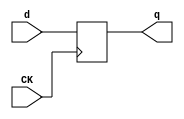
//# 3 inputs
//# 6 outputs
//# 21 D-type flipflops
//# 54 inverters
//# 140 gates (55 ANDs + 22 NANDs + 28 ORs + 35 NORs)

module dff(CK,q,d);
input CK,d;
output reg q;
always @ (posedge CK)
q<=d;
endmodule

module s526a(GND,VDD,CK,G0,G1,G147,G148,G198,G199,G2,G213,G214);
input GND,VDD,CK,G0,G1,G2;
output G147,G148,G198,G199,G213,G214;

  wire G10,G60,G11,G61,G12,G62,G13,G69,G14,G79,G15,G84,G16,G89,G17,G96,G18,
    G101,G19,G106,G20,G115,G21,G127,G22,G137,G23,G167,G24,G173,G25,G179,G26,
    G183,G27,G188,G28,G194,G29,G200,G30,G206,II359,II362,II351,G83,G107,G65,
    G136,G184,G124,G135,G163,G72,G177,G131,G140,G172,G90,G145,G122,G208,G85,
    II285,G168,G94,II288,G174,G116,G180,II340,G104,G157,II343,G112,II365,G195,
    II368,G141,G202,G211,G212,G205,II268,G56,G59,G207,G201,G126,G189,G193,G77,
    G80,G155,G78,G39,G170,G176,G40,G156,G171,G35,G76,G81,G82,G87,G86,G169,G175,
    G47,G55,G181,G54,G46,G196,G210,G204,G138,G142,G143,G34,G123,G36,G38,G93,
    G99,G103,G110,G120,G92,G91,G121,G125,G44,G45,G51,G52,G57,G58,G209,G203,
    G139,G146,G144,G102,G118,G119,G117,G98,G108,G97,G109,G113,G111,G192,G186,
    G185,G191,G190,G161,G162,G50,G43,G150,G151,G154,G160,G152,G33,G149,G164,
    G153,G165,G166,G42,G53,G49,G48,G32,G31,G67,G63,G64,G71,G74,G70,G134,G132,
    G68,G66,G133,G128,G129,G130,G75,G73,G158,G159,G41,G37,G88,G100,G178,G182,
    G197,G187,G95,G105,G114;

  dff DFF_0(CK,G10,G60);
  dff DFF_1(CK,G11,G61);
  dff DFF_2(CK,G12,G62);
  dff DFF_3(CK,G13,G69);
  dff DFF_4(CK,G14,G79);
  dff DFF_5(CK,G15,G84);
  dff DFF_6(CK,G16,G89);
  dff DFF_7(CK,G17,G96);
  dff DFF_8(CK,G18,G101);
  dff DFF_9(CK,G19,G106);
  dff DFF_10(CK,G20,G115);
  dff DFF_11(CK,G21,G127);
  dff DFF_12(CK,G22,G137);
  dff DFF_13(CK,G23,G167);
  dff DFF_14(CK,G24,G173);
  dff DFF_15(CK,G25,G179);
  dff DFF_16(CK,G26,G183);
  dff DFF_17(CK,G27,G188);
  dff DFF_18(CK,G28,G194);
  dff DFF_19(CK,G29,G200);
  dff DFF_20(CK,G30,G206);
  not NOT_0(II359,G0);
  not NOT_1(II362,G1);
  not NOT_2(II351,G2);
  not NOT_3(G83,G10);
  not NOT_4(G107,G11);
  not NOT_5(G65,G12);
  not NOT_6(G136,G12);
  not NOT_7(G184,G12);
  not NOT_8(G124,G20);
  not NOT_9(G135,G20);
  not NOT_10(G163,G20);
  not NOT_11(G72,G13);
  not NOT_12(G177,G13);
  not NOT_13(G131,G21);
  not NOT_14(G140,G21);
  not NOT_15(G172,G21);
  not NOT_16(G90,G14);
  not NOT_17(G145,G22);
  not NOT_18(G122,G30);
  not NOT_19(G208,G30);
  not NOT_20(G85,G15);
  not NOT_21(II285,G23);
  not NOT_22(G168,G23);
  not NOT_23(G94,G16);
  not NOT_24(II288,G24);
  not NOT_25(G174,G24);
  not NOT_26(G116,G17);
  not NOT_27(G180,G25);
  not NOT_28(II340,G25);
  not NOT_29(G104,G18);
  not NOT_30(G157,G18);
  not NOT_31(II343,G26);
  not NOT_32(G112,G19);
  not NOT_33(II365,G27);
  not NOT_34(G195,G28);
  not NOT_35(II368,G28);
  not NOT_36(G141,G29);
  not NOT_37(G202,G29);
  not NOT_38(G211,II359);
  not NOT_39(G212,II362);
  not NOT_40(G205,II351);
  not NOT_41(G147,II285);
  not NOT_42(G148,II288);
  not NOT_43(G198,II340);
  not NOT_44(G199,II343);
  not NOT_45(II268,G112);
  not NOT_46(G56,II268);
  not NOT_47(G213,II365);
  not NOT_48(G214,II368);
  not NOT_49(G59,G211);
  not NOT_50(G207,G212);
  not NOT_51(G201,G205);
  not NOT_52(G126,G59);
  not NOT_53(G189,G193);
  and AND2_0(G77,G10,G11);
  and AND3_0(G80,G10,G11,G14);
  and AND3_1(G155,G21,G13,G26);
  and AND2_1(G78,G83,G107);
  and AND2_2(G39,G65,G21);
  and AND2_3(G170,G184,G177);
  and AND2_4(G176,G177,G12);
  and AND2_5(G40,G12,G131);
  and AND3_2(G156,G163,G172,G13);
  and AND2_6(G171,G172,G184);
  and AND4_0(G35,G10,G107,G90,G15);
  and AND3_3(G76,G10,G90,G15);
  and AND2_7(G81,G83,G90);
  and AND2_8(G82,G107,G90);
  and AND2_9(G87,G85,G86);
  and AND2_10(G169,G13,G168);
  and AND2_11(G175,G174,G12);
  and AND2_12(G47,G116,G18);
  and AND2_13(G55,G116,G18);
  and AND3_4(G181,G180,G13,G21);
  and AND2_14(G54,G17,G104);
  and AND2_15(G46,G116,G112);
  and AND2_16(G196,G195,G13);
  and AND2_17(G210,G212,G30);
  and AND2_18(G204,G205,G29);
  and AND4_1(G138,G140,G20,G141,G142);
  and AND4_2(G143,G140,G20,G141,G142);
  and AND2_19(G34,G122,G123);
  and AND2_20(G36,G122,G123);
  and AND2_21(G38,G122,G123);
  and AND3_5(G93,G94,G122,G123);
  and AND3_6(G99,G116,G122,G123);
  and AND3_7(G103,G104,G122,G123);
  and AND3_8(G110,G112,G122,G123);
  and AND3_9(G120,G124,G122,G123);
  and AND4_3(G92,G90,G107,G10,G91);
  and AND2_22(G121,G124,G125);
  and AND2_23(G44,G59,G94);
  and AND2_24(G45,G122,G59);
  and AND3_10(G51,G59,G16,G17);
  and AND2_25(G52,G59,G18);
  and AND4_4(G57,G59,G16,G17,G18);
  and AND2_26(G58,G59,G19);
  and AND2_27(G209,G207,G208);
  and AND2_28(G203,G201,G202);
  and AND2_29(G139,G145,G146);
  and AND2_30(G144,G145,G146);
  and AND4_5(G102,G18,G17,G16,G118);
  and AND4_6(G119,G116,G16,G117,G118);
  and AND4_7(G98,G107,G10,G108,G97);
  and AND4_8(G109,G107,G10,G108,G113);
  and AND3_11(G111,G16,G30,G113);
  and AND2_31(G192,G18,G193);
  and AND3_12(G186,G184,G189,G185);
  and AND2_32(G191,G189,G190);
  or OR2_0(G161,G20,G13);
  or OR2_1(G162,G21,G12);
  or OR2_2(G50,G16,G17);
  or OR3_0(G43,G83,G11,G14);
  or OR2_3(G150,G184,G25);
  or OR2_4(G151,G184,G13);
  or OR2_5(G154,G184,G27);
  or OR2_6(G160,G184,G13);
  or OR3_1(G152,G163,G21,G12);
  or OR2_7(G33,G72,G12);
  or OR4_0(G149,G20,G21,G12,G177);
  or OR4_1(G164,G20,G21,G12,G177);
  or OR2_8(G153,G172,G27);
  or OR3_2(G165,G163,G172,G13);
  or OR3_3(G166,G172,G177,G24);
  or OR4_2(G42,G83,G107,G90,G85);
  or OR4_3(G53,G83,G11,G14,G85);
  or OR3_4(G49,G122,G94,G116);
  or OR4_4(G48,G122,G94,G18,G112);
  or OR2_9(G32,G30,G31);
  or OR4_5(G67,G211,G63,G64,G71);
  or OR4_6(G74,G211,G125,G70,G71);
  or OR3_5(G134,G131,G211,G132);
  or OR3_6(G68,G65,G211,G66);
  or OR4_7(G133,G211,G128,G129,G130);
  or OR3_7(G75,G72,G211,G73);
  or OR4_8(G158,G193,G184,G177,G26);
  or OR2_10(G159,G189,G157);
  nand NAND3_0(G86,G14,G11,G10);
  nand NAND4_0(G64,G65,G21,G20,G19);
  nand NAND4_1(G70,G72,G12,G21,G20);
  nand NAND4_2(G123,G15,G90,G107,G10);
  nand NAND2_0(G128,G116,G16);
  nand NAND3_1(G63,G104,G116,G16);
  nand NAND4_3(G125,G19,G104,G116,G16);
  nand NAND4_4(G129,G131,G20,G19,G104);
  nand NAND4_5(G146,G140,G135,G29,G142);
  nand NAND4_6(G190,G152,G153,G154,G13);
  nand NAND2_1(G118,G53,G122);
  nand NAND4_7(G41,G104,G116,G16,G37);
  nand NAND3_2(G88,G42,G43,G59);
  nand NAND4_8(G100,G48,G49,G50,G59);
  nand NAND2_2(G130,G32,G33);
  nand NAND2_3(G62,G67,G68);
  nand NAND2_4(G127,G133,G134);
  nand NAND2_5(G69,G74,G75);
  nand NAND4_9(G178,G164,G165,G166,G189);
  nand NAND4_10(G182,G149,G150,G151,G189);
  nand NAND4_11(G197,G160,G161,G162,G189);
  nand NAND2_6(G187,G158,G159);
  nor NOR2_0(G142,G13,G136);
  nor NOR4_0(G31,G85,G14,G11,G83);
  nor NOR2_1(G91,G94,G85);
  nor NOR3_0(G108,G94,G85,G14);
  nor NOR2_2(G37,G124,G112);
  nor NOR3_1(G117,G124,G112,G18);
  nor NOR2_3(G60,G10,G211);
  nor NOR2_4(G185,G155,G156);
  nor NOR2_5(G71,G35,G30);
  nor NOR4_1(G61,G76,G77,G78,G211);
  nor NOR4_2(G79,G80,G81,G82,G211);
  nor NOR2_6(G97,G46,G47);
  nor NOR3_2(G113,G54,G55,G56);
  nor NOR3_3(G132,G34,G124,G125);
  nor NOR4_3(G66,G36,G131,G124,G125);
  nor NOR4_4(G73,G38,G39,G40,G41);
  nor NOR2_7(G95,G44,G45);
  nor NOR2_8(G105,G51,G52);
  nor NOR2_9(G114,G57,G58);
  nor NOR2_10(G84,G87,G88);
  nor NOR3_4(G206,G209,G210,G211);
  nor NOR3_5(G200,G203,G204,G211);
  nor NOR3_6(G137,G138,G139,G211);
  nor NOR2_11(G193,G143,G144);
  nor NOR4_5(G115,G119,G120,G121,G126);
  nor NOR3_7(G96,G98,G99,G100);
  nor NOR3_8(G89,G92,G93,G95);
  nor NOR3_9(G101,G102,G103,G105);
  nor NOR4_6(G106,G109,G110,G111,G114);
  nor NOR4_7(G167,G169,G170,G171,G193);
  nor NOR3_10(G173,G175,G176,G178);
  nor NOR2_12(G179,G181,G182);
  nor NOR2_13(G188,G191,G192);
  nor NOR2_14(G194,G196,G197);
  nor NOR2_15(G183,G186,G187);

endmodule